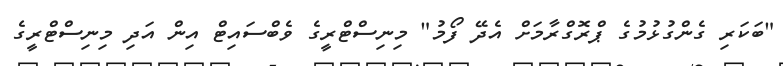
"ބަކަރި ގެންގުޅުމުގެ ޕްރޮގްރާމަށް އެދޭ ފޯމު" މިނިސްޓްރީގެ ވެބްސައިޓް އިން އަދި މިނިސްޓްރީގެ